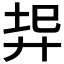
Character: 𢍇